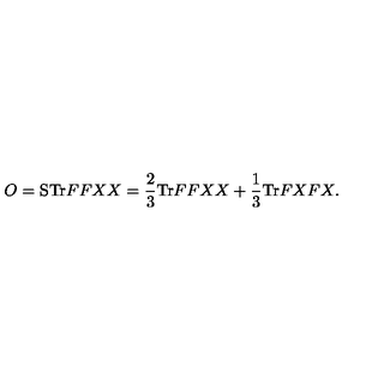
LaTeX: O = \mathrm { S T r } F F X X = \frac { 2 } { 3 } \mathrm { T r } F F X X + \frac { 1 } { 3 } \mathrm { T r } F X F X .